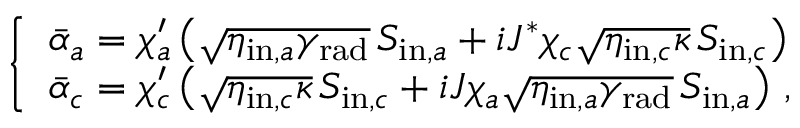
\begin{array} { r } { \left\{ \begin{array} { l l } { \bar { \alpha } _ { a } = \chi _ { a } ^ { \prime } \left( \sqrt { \eta _ { \mathrm { i n } , a } \gamma _ { \mathrm { r a d } } } \, S _ { \mathrm { i n } , a } + i J ^ { * } \chi _ { c } \sqrt { \eta _ { \mathrm { i n } , c } \kappa } \, S _ { \mathrm { i n } , c } \right) } \\ { \bar { \alpha } _ { c } = \chi _ { c } ^ { \prime } \left( \sqrt { \eta _ { \mathrm { i n } , c } \kappa } \, S _ { \mathrm { i n } , c } + i J \chi _ { a } \sqrt { \eta _ { \mathrm { i n } , a } \gamma _ { \mathrm { r a d } } } \, S _ { \mathrm { i n } , a } \right) \, , } \end{array} \right. } \end{array}